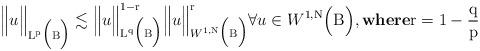
LaTeX: \begin{align*}\Big\Vert u\Big\Vert_{\mathrm{L}^\mathrm{p}\Big(\mathrm{B}\Big)} \lesssim \Big\Vert u\Big\Vert_{\mathrm{L}^\mathrm{q}\Big(\mathrm{B}\Big)}^{1-\mathrm{r}}\Big\Vert u\Big\Vert_{W^{1,\mathrm{N}}\Big(\mathrm{B}\Big)}^\mathrm{r} \forall u \in W^{1,\mathrm{N}}\Big(\mathrm{B}\Big), \textbf{where} \mathrm{r} = 1-\frac{\mathrm{q}}{\mathrm{p}}\end{align*}